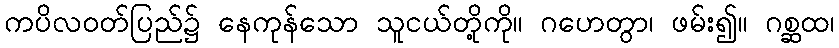
ကပိလဝတ်ပြည်၌ နေကုန်သော သူငယ်တို့ကို။ ဂဟေတွာ၊ ဖမ်း၍။ ဂစ္ဆထ၊